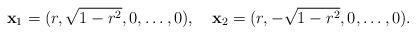
LaTeX: \begin{align*}{\bf x}_{1}=(r,\sqrt{1-r^2},0,\dots,0), \ \ \ {\bf x}_{2}= (r,-\sqrt{1-r^2},0,\dots,0).\end{align*}